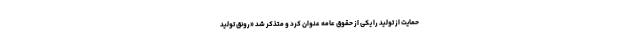
حمایت از تولید را یکی از حقوق عامه عنوان کرد و متذکر شد «رونق تولید